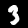
Label: 3